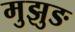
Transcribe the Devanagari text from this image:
मुझुङ